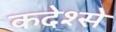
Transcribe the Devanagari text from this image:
कदेश्से